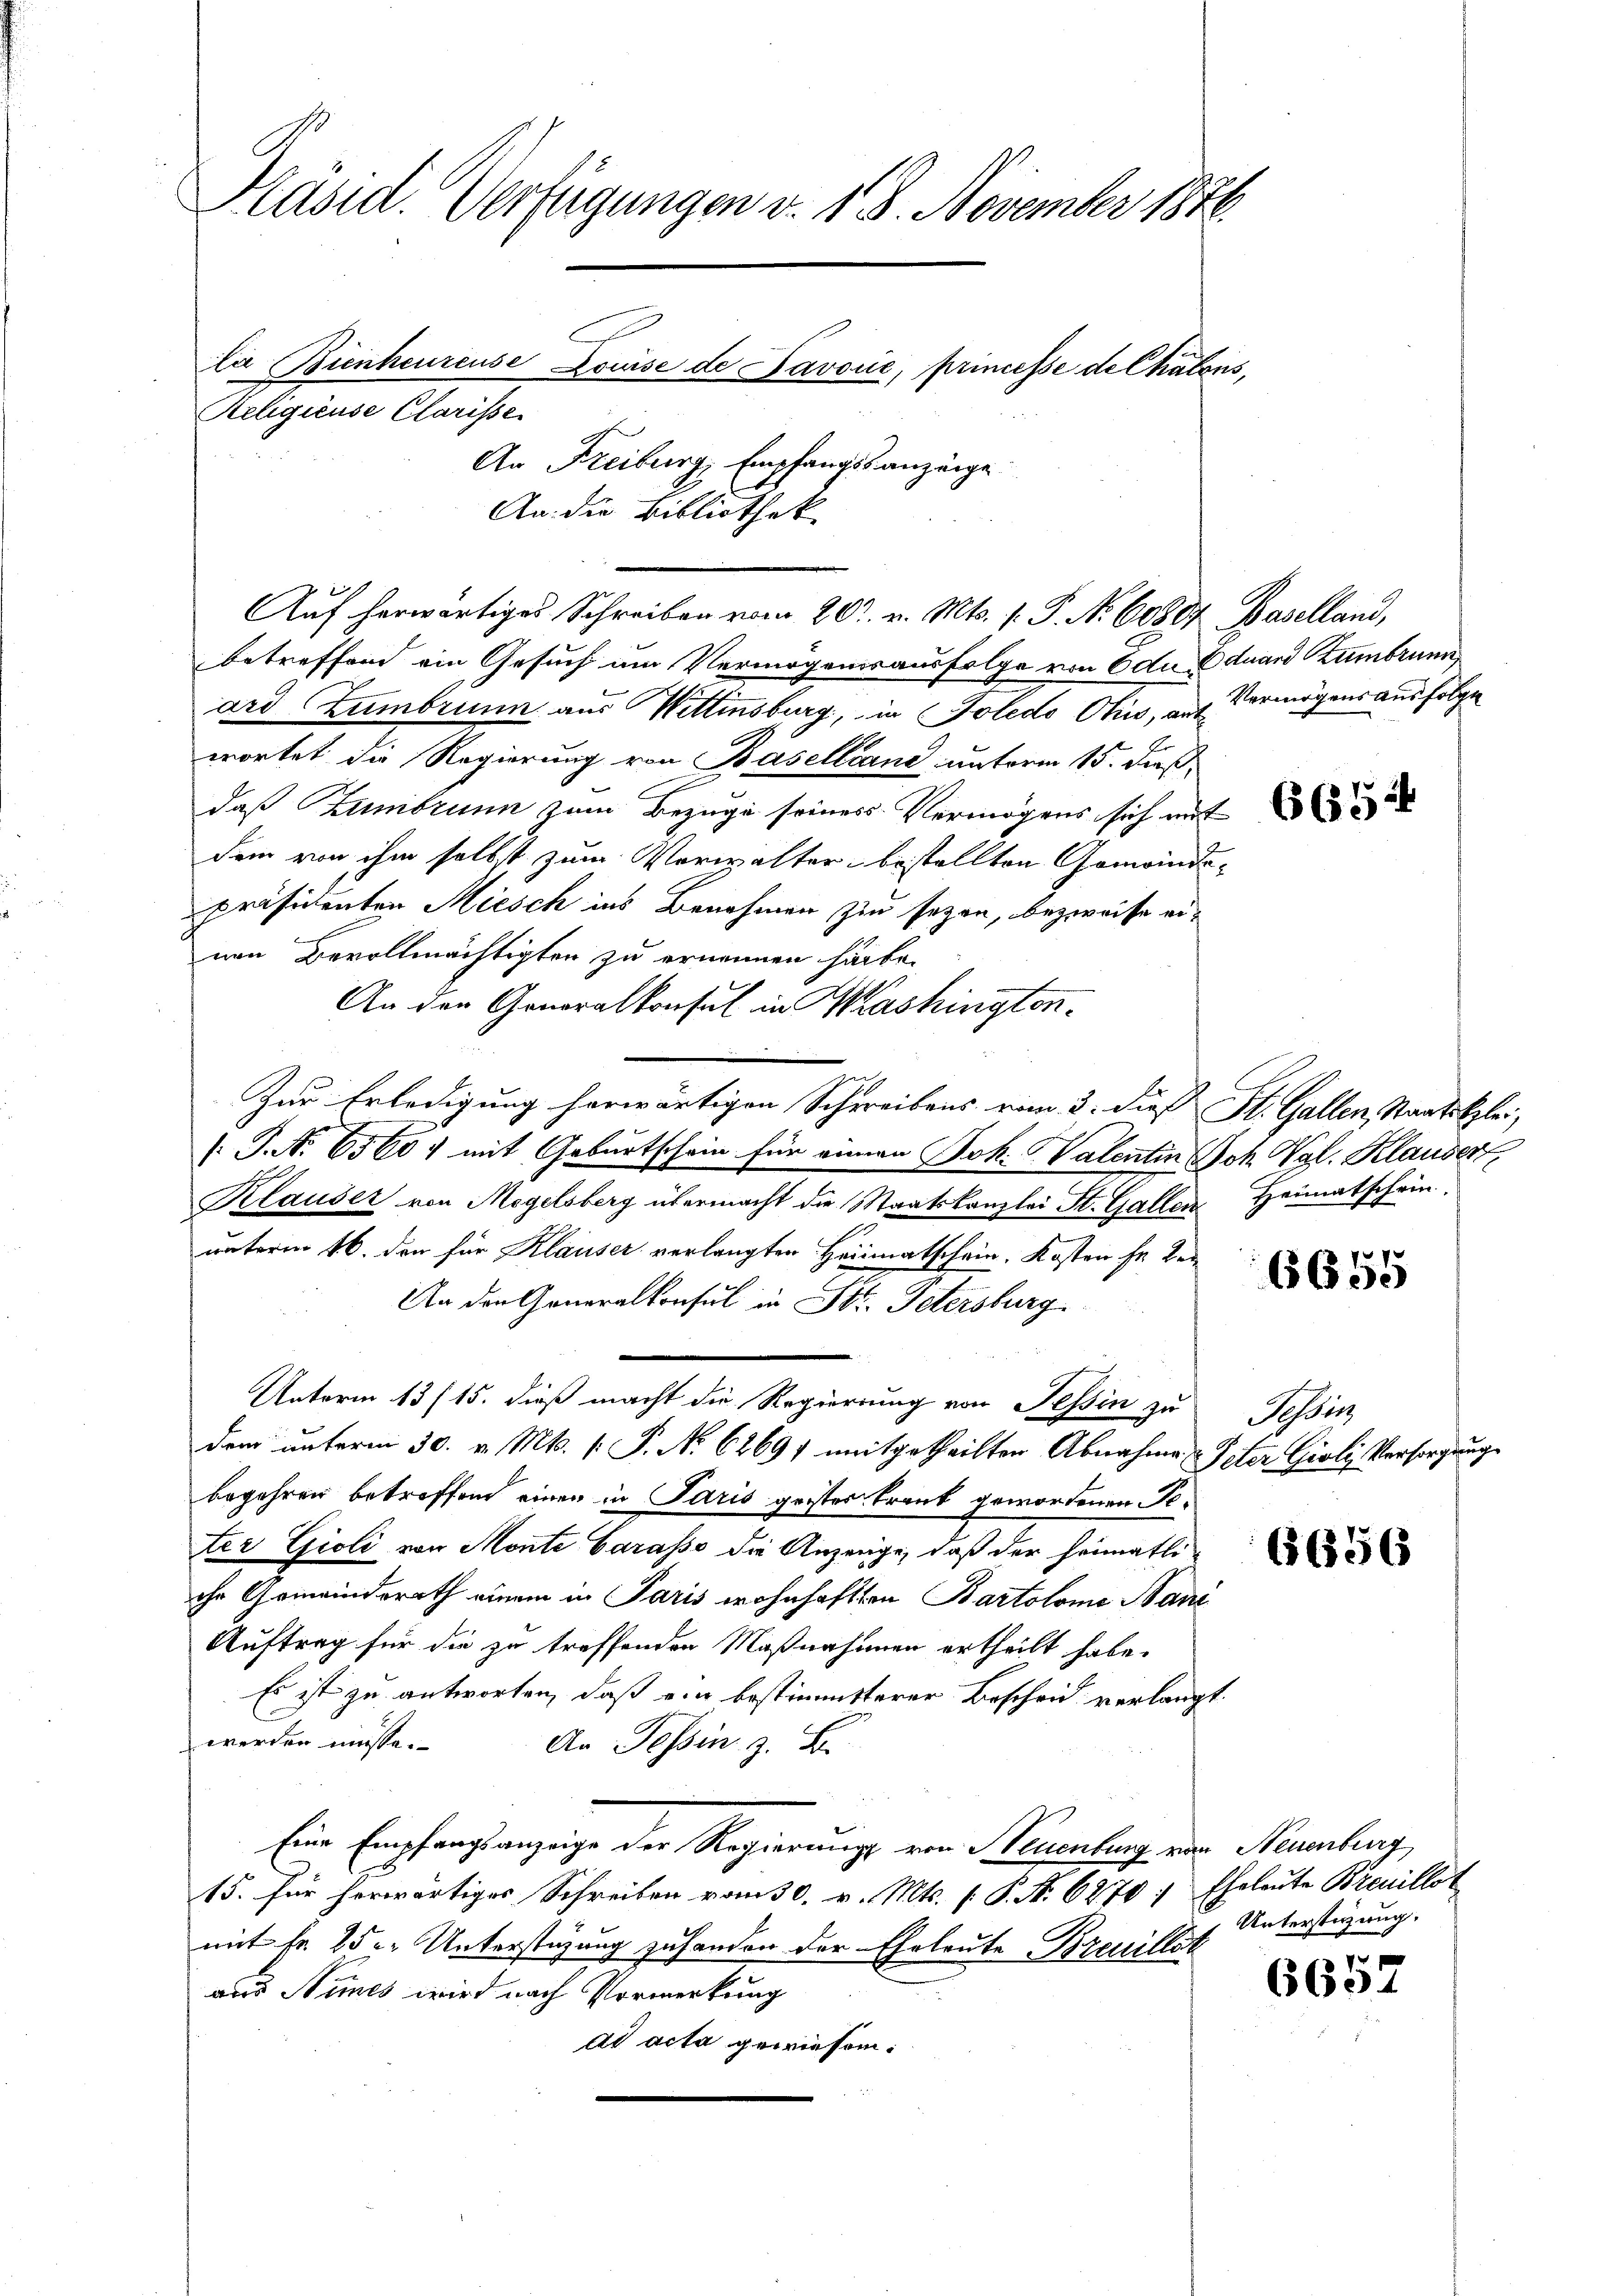
Präsid. Verfügungen v. 18. November 1840.
la Bienheureuse Louise de Favouić, princesse de Chalens,
Religieuse Clarisse
An Freiburg, Empfangsanzeige
An die Bibliothek

betreffend ein Gesuch am Vermögensausfolge von 6 dn Eduard Zembrunn
ard Zumbrunn aus Wittensburg, in Soledo Ohio, auf Vermögens ausfolge
wortet die Regierung von Baselland unterm 15. daß
daß Zumbrunn zum Bezuge seines Vermögens sich mit
dem von ihm selbst zum Verwalter bestellten Gemeindepräsidenten Miesch ins Benehmen zu sezen, bezweife einen Bevollmächtigten zu ernennen habe.
An den Generalkonsul in Washington¬
Zur Erledigung herwärtigen Schreibens vom 3. dieß St. Gallen, Staatsklei
[P.N. 6560) mit Geburtschein für einen Jok. Valentin Joh. Vgl. Klauser
Klauser von Megelsberg übermacht die Staatskanzlei St. Gallen Heimatschein.
unterm 16. den für Klauser verlangten Heimatschein, Kosten in Be¬
An den Generalkonsul in St. Petersburg
Unterm 13 (15. dieß macht die Regierung von Tessin zu Tessin
dem unterm 30. v. Mts. f. P. Nr. 62691 mitgetheilten Abnahme Peter Gioli, Versorgung
begehren betroffend einen in Paris geistes Frank gewordenen Geter Gioli von Monte Carasso die Anzeige, daß der Heimatliche Gemeinderath einem in Paris wohnhaften Bartolome Sani
Auftrag für die zu treffenden Maßnahmen ertheilt habe.
Es ist zu antworten, daß ein bestimmterer Bescheid verlangt.
werden müsse.
An Tessin z. B.
Eine Empfangsanzeige der Regierungs von Neuenburg von Neuenburg,
15. für herwärtiges Schreiben vom 30. v. Mts. (: P. N. 6270 f Eheleute Breuillot
mit Fr. 25 u. Unterstüzung zu handen der Eheleute Breuillet
uus Nies wird nach Vormerkung
ad acta gewiesen.

Auf herwärtiges Schreiben vom 20t v. Mts. 1. P. N. 60807 Baselland,

6655

6656

Unterstüzung.

6657